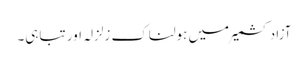
آزاد کشمیر میں ہولناک زلزلہ اور تباہی۔